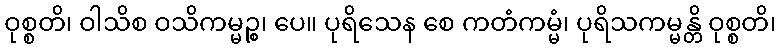
ဝုစ္စတိ၊ ဝါသိစ ဝသိကမ္မဉ္စ၊ ပေ။ ပုရိသေန စေ ကတံကမ္မံ၊ ပုရိသကမ္မန္တိ ဝုစ္စတိ၊